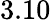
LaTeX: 3.10